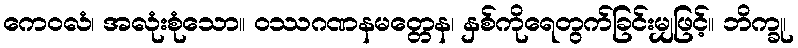
ကေဝလံ၊ အလုံးစုံသော။ ဝဿဂဏနမတ္တေန၊ နှစ်ကိုရေတွက်ခြင်းမျှဖြင့်။ ဘိက္ခု၊